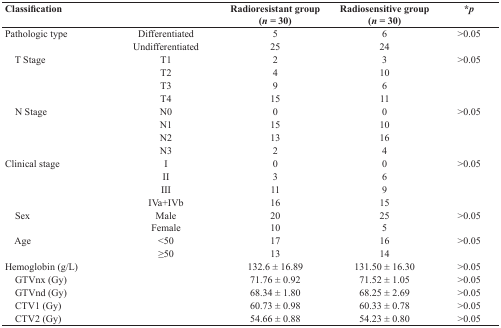
<table><thead><tr><td><b>Classification</b></td><td></td><td><b>Radioresistant group(<i>n</i> = 30)</b></td><td><b>Radiosensitive group(<i>n</i> = 30)</b></td><td><b>*<i>p</i></b></td></tr></thead><tbody><tr><td>Pathologic type</td><td>Differentiated</td><td>5</td><td>6</td><td>&gt;0.05</td></tr><tr><td></td><td>Undifferentiated</td><td>25</td><td>24</td><td></td></tr><tr><td> T Stage</td><td>T1</td><td>2</td><td>3</td><td>&gt;0.05</td></tr><tr><td></td><td>T2</td><td>4</td><td>10</td><td></td></tr><tr><td></td><td>T3</td><td>9</td><td>6</td><td></td></tr><tr><td></td><td>T4</td><td>15</td><td>11</td><td></td></tr><tr><td> N Stage</td><td>N0</td><td>0</td><td>0</td><td>&gt;0.05</td></tr><tr><td></td><td>N1</td><td>15</td><td>10</td><td></td></tr><tr><td></td><td>N2</td><td>13</td><td>16</td><td></td></tr><tr><td></td><td>N3</td><td>2</td><td>4</td><td></td></tr><tr><td>Clinical stage</td><td>I</td><td>0</td><td>0</td><td>&gt;0.05</td></tr><tr><td></td><td>II</td><td>3</td><td>6</td><td></td></tr><tr><td></td><td>III</td><td>11</td><td>9</td><td></td></tr><tr><td></td><td>IVa+IVb</td><td>16</td><td>15</td><td></td></tr><tr><td> Sex</td><td>Male</td><td>20</td><td>25</td><td>&gt;0.05</td></tr><tr><td></td><td>Female</td><td>10</td><td>5</td><td></td></tr><tr><td> Age</td><td>&lt;50</td><td>17</td><td>16</td><td>&gt;0.05</td></tr><tr><td></td><td>≥50</td><td>13</td><td>14</td><td></td></tr><tr><td>Hemoglobin (g/L)</td><td></td><td>132.6 ± 16.89</td><td>131.50 ± 16.30</td><td>&gt;0.05</td></tr><tr><td> GTVnx (Gy)</td><td></td><td>71.76 ± 0.92</td><td>71.52 ± 1.05</td><td>&gt;0.05</td></tr><tr><td> GTVnd (Gy)</td><td></td><td>68.34 ± 1.80</td><td>68.25 ± 2.69</td><td>&gt;0.05</td></tr><tr><td> CTV1 (Gy)</td><td></td><td>60.73 ± 0.98</td><td>60.33 ± 0.78</td><td>&gt;0.05</td></tr><tr><td> CTV2 (Gy)</td><td></td><td>54.66 ± 0.88</td><td>54.23 ± 0.80</td><td>&gt;0.05</td></tr></tbody></table>